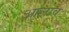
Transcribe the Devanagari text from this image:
आलाव